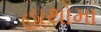
હાથોમા